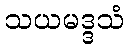
သယမဒ္ဒသံ